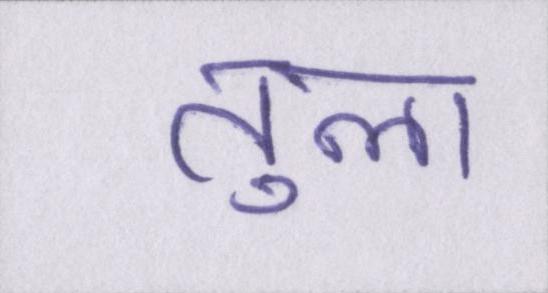
तुला